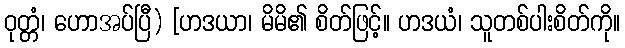
ဝုတ္တံ၊ ဟောအပ်ပြီ) [ဟဒယာ၊ မိမိ၏ စိတ်ဖြင့်။ ဟဒယံ၊ သူတစ်ပါးစိတ်ကို။